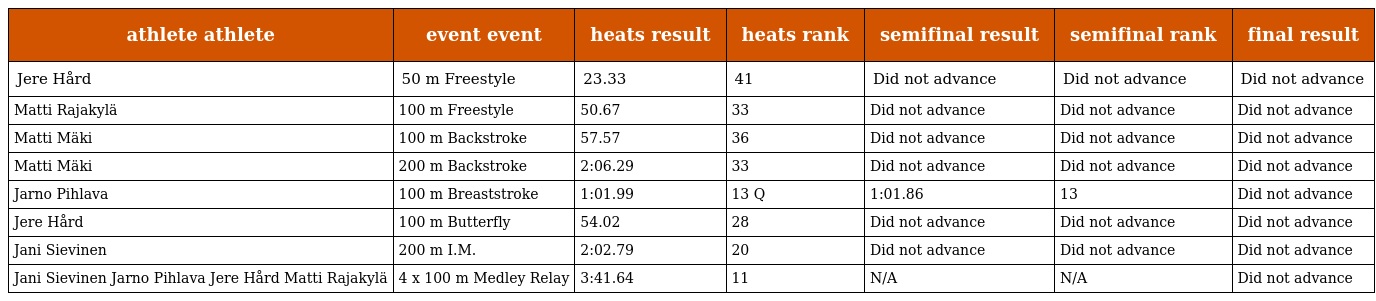
| athlete athlete | event event | heats result | heats rank | semifinal result | semifinal rank | final result |
 | --- | --- | --- | --- | --- | --- | --- |
 | Jere Hård | 50 m Freestyle | 23.33 | 41 | Did not advance | Did not advance | Did not advance |
 | Matti Rajakylä | 100 m Freestyle | 50.67 | 33 | Did not advance | Did not advance | Did not advance |
 | Matti Mäki | 100 m Backstroke | 57.57 | 36 | Did not advance | Did not advance | Did not advance |
 | Matti Mäki | 200 m Backstroke | 2:06.29 | 33 | Did not advance | Did not advance | Did not advance |
 | Jarno Pihlava | 100 m Breaststroke | 1:01.99 | 13 Q | 1:01.86 | 13 | Did not advance |
 | Jere Hård | 100 m Butterfly | 54.02 | 28 | Did not advance | Did not advance | Did not advance |
 | Jani Sievinen | 200 m I.M. | 2:02.79 | 20 | Did not advance | Did not advance | Did not advance |
 | Jani Sievinen Jarno Pihlava Jere Hård Matti Rajakylä | 4 x 100 m Medley Relay | 3:41.64 | 11 | N/A | N/A | Did not advance |